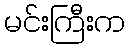
မင်းကြီးက